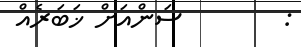
:        ސަންއަށް ޚަބަރެއް